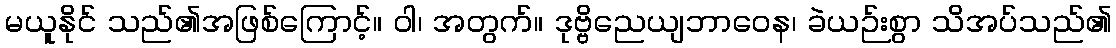
မယူနိုင် သည်၏အဖြစ်ကြောင့်။ ဝါ၊ အတွက်။ ဒုဗ္ဗိညေယျဘာဝေန၊ ခဲယဉ်းစွာ သိအပ်သည်၏